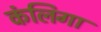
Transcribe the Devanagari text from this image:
कंलिगा